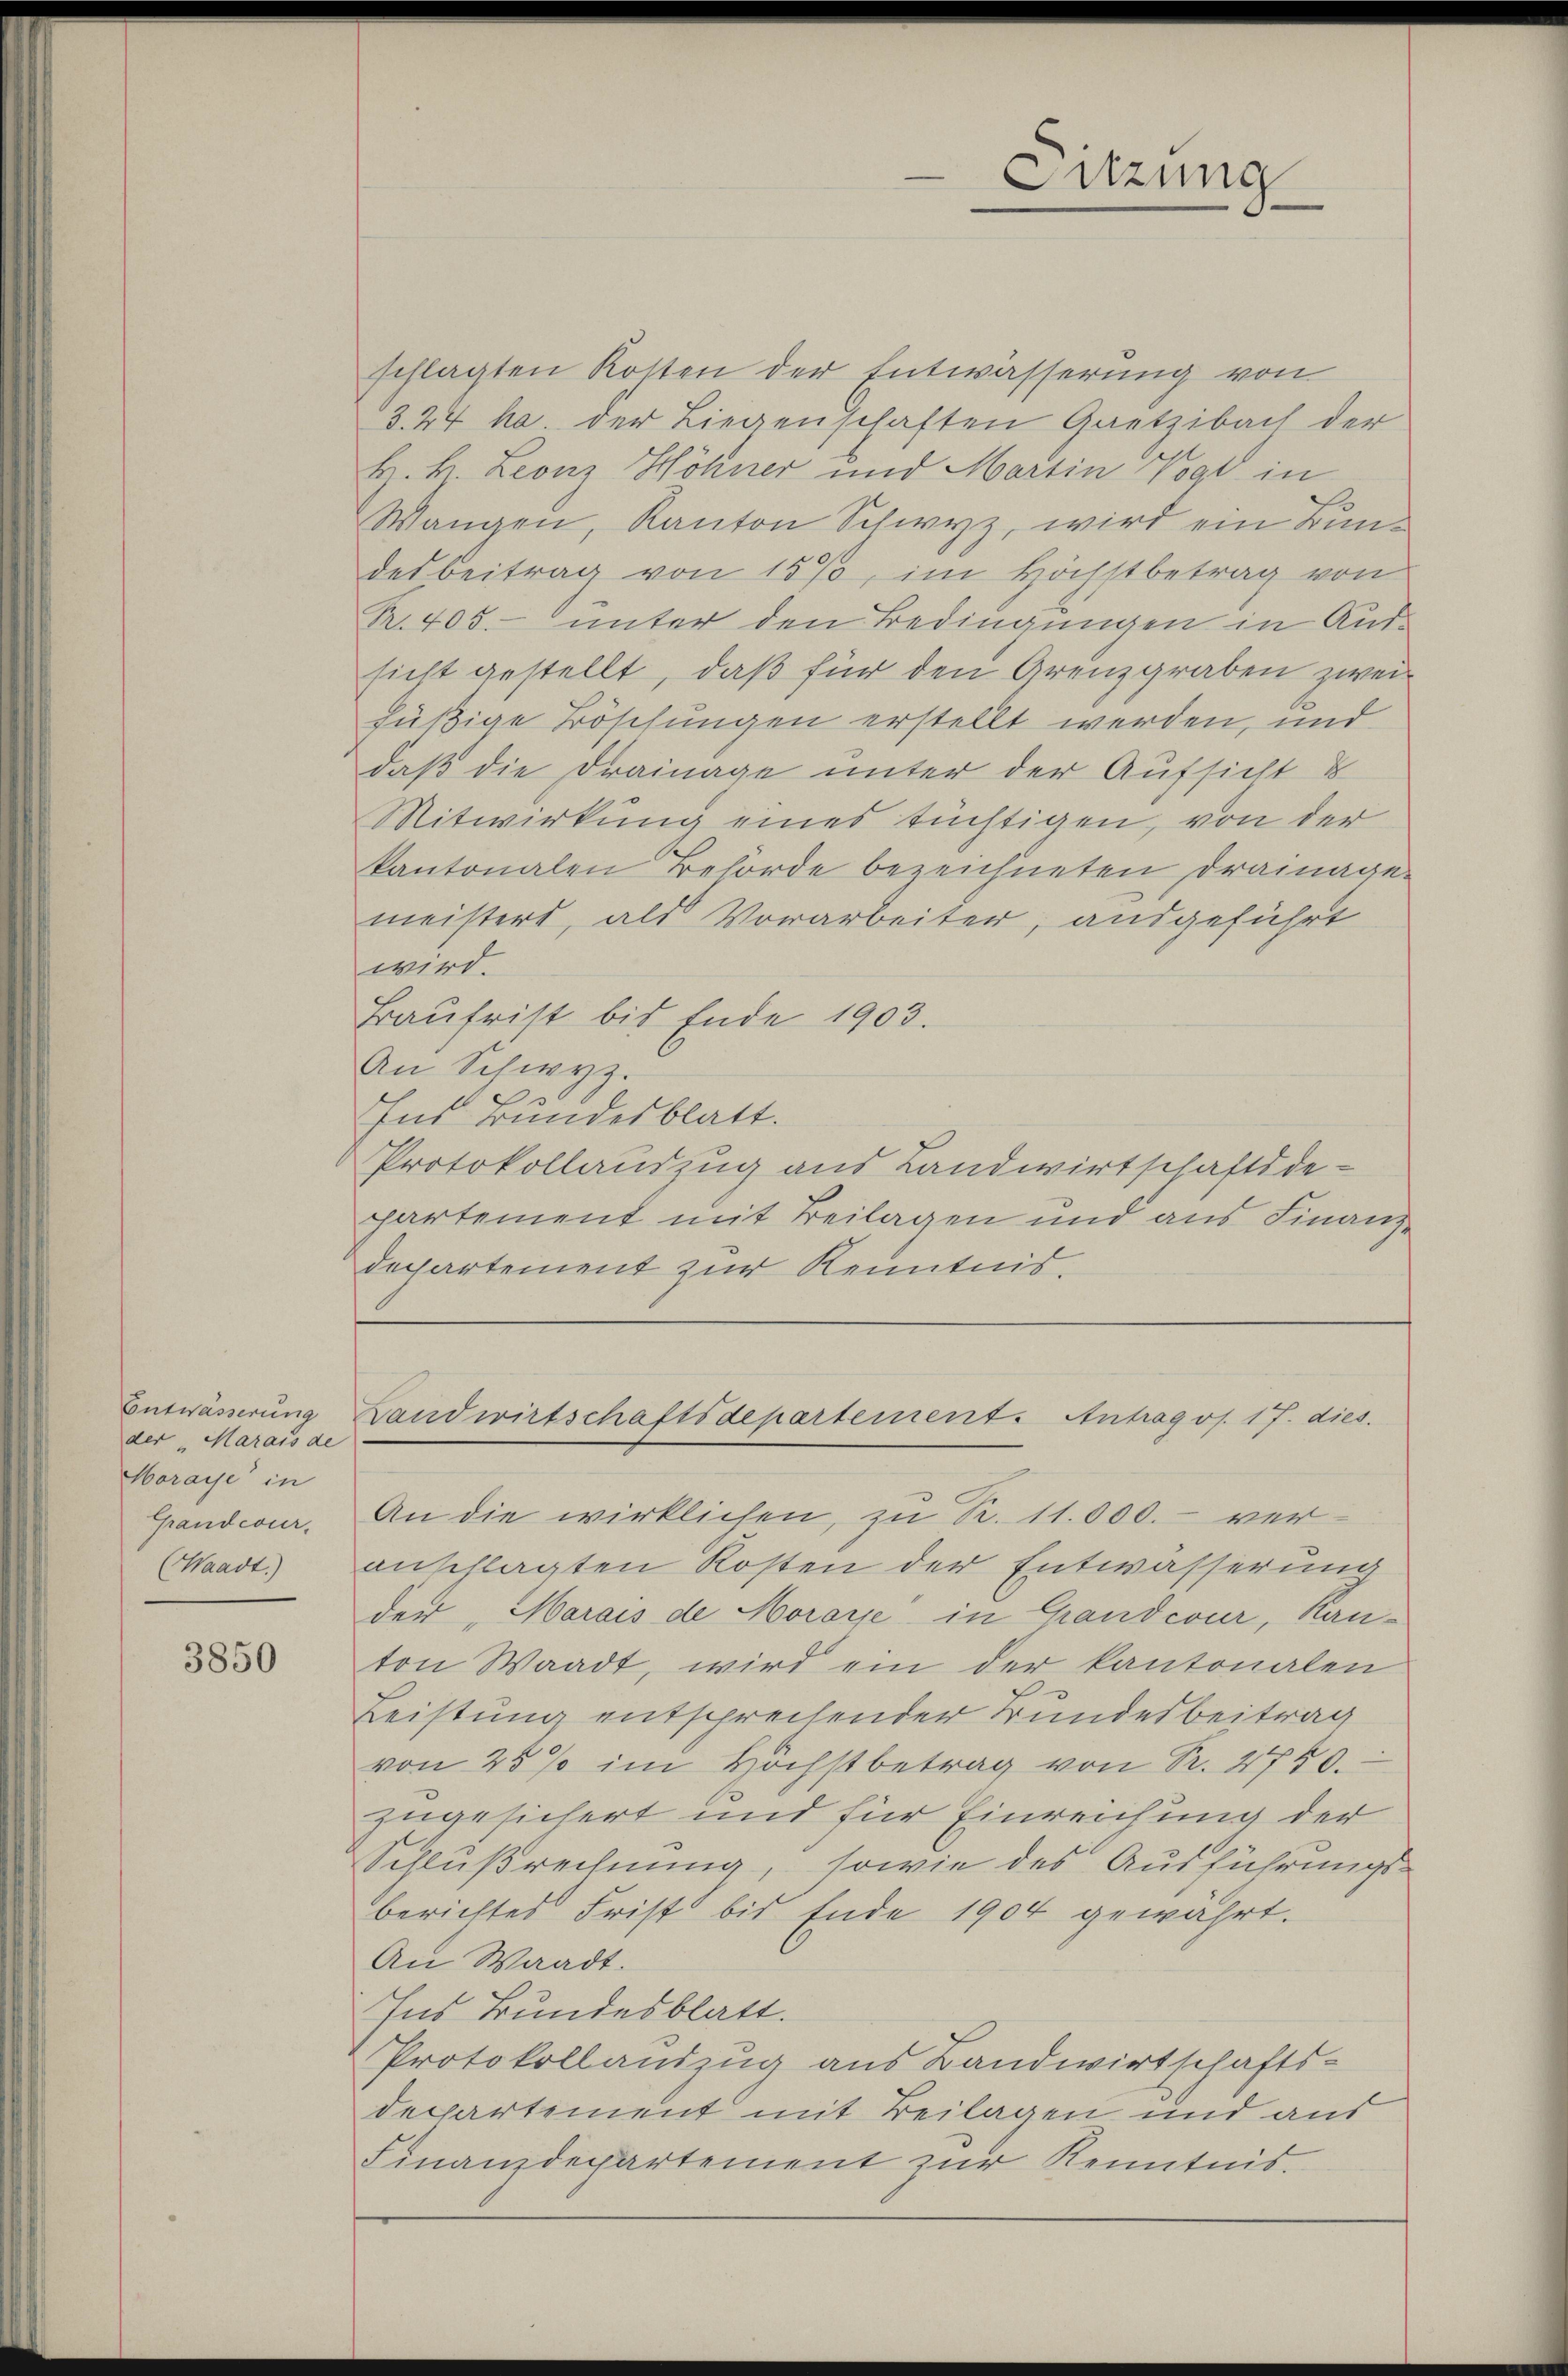
Entwässerung
der Marais de
Moraye in
Grandcour.
(Waadt.)

3850

schlagten Kosten der Entwässerung von
3.27 ha. der Liegenschaften Gaetzibach der
H. k. Leonz Höhner und Martin Vogt in
Wangen, Kanton Schwyz, wird ein Bundesbeitrag von 15%, im Höchstbetrag von
R. 405. unter den Bedingungen in Aussicht gestellt, daß für den Grenzgraben zweihüßige Böschungen erstellt werden, und
daß die Drainage unter der Aufsicht d
Mitwirkung eines tüchtigen, von der
kantonalen Behörde bezeichneten Dramage
meisters, als Vorarbeiter, ausgeführt
wird.
Baufrist bis Ende 1903.
An Schwyz.
Ins Bundesblatt.
Protokollauszug aus Landwirtschaftsde-
partement mit Beilagen und aus Finanz-
departement zur Kenntnis.
Landwirtschaftsdepartement. Antrag os. 17. dies.
An die wirklichen, zu S. 11.000.- ver-
anschlagten Kosten der Entwässerung
der „Marais de Morare in Grandcour, Kanton Waadt, wird ein der kantonalen
Leistung entsprechender Bundesbeitrag
von 25 % im Hochstbetrag von Pr. 2750.
zugesichert und für Einreichung der
Schlußrechnung, sowie des Ausführungsberichtes Frist bis Ende 1904 gewährt.
An Waadt.
Ins Bundesblatt.
Protokollandzug aus Landwirtschafts-
departement mit Beilagen und aus
Finanzdepartement zur Kenntnis.

Sitzung